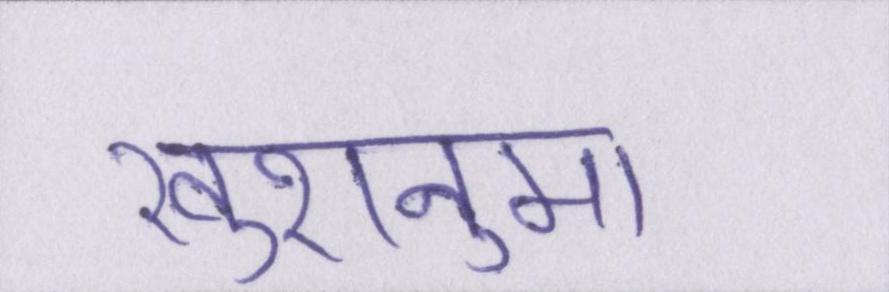
खुशनुमा